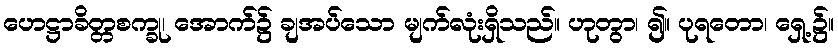
ဟေဋ္ဌာခိတ္တစက္ခု၊ အောက်၌ ချအပ်သော မျက်လုံးရှိသည်။ ဟုတွာ၊ ၍။ ပုရတော၊ ရှေ့၌။